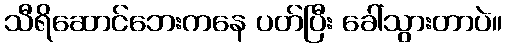
သီရိဆောင်ဘေးကနေ ပတ်ပြီး ခေါ်သွားတာပဲ။